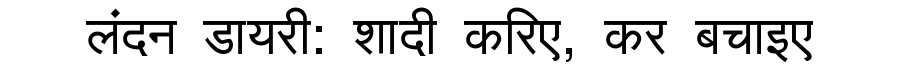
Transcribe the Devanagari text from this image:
लंदन डायरी: शादी करिए, कर बचाइए